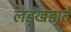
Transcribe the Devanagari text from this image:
लड़खडा़ते